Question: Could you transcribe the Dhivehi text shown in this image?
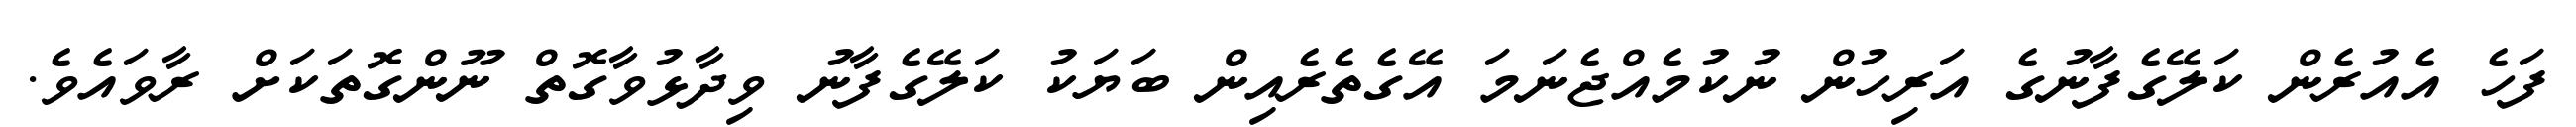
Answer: ފަހެ އެއުރެން ކަލޭގެފާނުގެ އަރިހުން ނުކުމެއްޖެނަމަ އޭގެތެރެއިން ބަޔަކު ކަލޭގެފާނު ވިދާޅުވާގޮތް ނޫންގޮތަކަށް ރާވައެވެ.